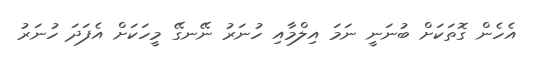
އެހެން ގޮތަކަށް ބުނަނީ ނަމަ އިލްމާއި ހުނަރު ނޭނގޭ މީހަކަށް އެފަދަ ހުނަރު